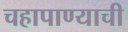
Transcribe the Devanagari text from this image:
चहापाण्याची